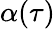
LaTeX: \alpha(\tau)